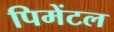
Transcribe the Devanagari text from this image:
पिमेंटल